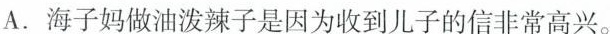
A.海子妈做油泼辣子是因为收到儿子的信非常高兴。